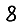
Digit: 8